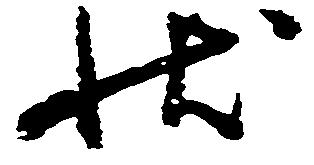
状